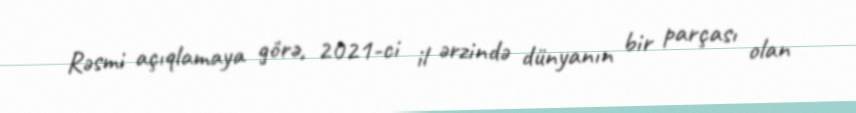
Rəsmi açıqlamaya görə, 2021-ci il ərzində dünyanın bir parçası olan